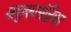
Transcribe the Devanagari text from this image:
मातृकासंज्ञिका